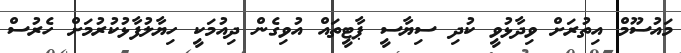
މައުސޫމް އިތުރަށް ވިދާޅުވީ ކުދި ސިޔާސީ ޕާޓީތައް އުވިގެން ދިއުމަކީ ހިޔާލުފާޅުކުރުމަށް ހެރުސް